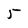
Character: 5